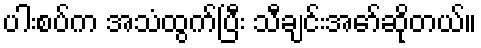
ပါးစပ်က အသံထွက်ပြီး သီချင်းအော်ဆိုတယ်။